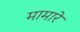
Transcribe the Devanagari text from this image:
मामारे